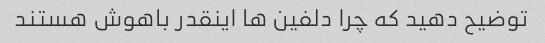
توضیح دهید که چرا دلفین ها اینقدر باهوش هستند